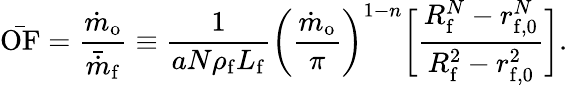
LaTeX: \bar{\mathrm{OF}}=\frac{\dot{m}_{\mathrm{o}}}{\bar{\dot{m}}_{\mathrm{f}}}\equiv\frac{1}{aN\rho_{\mathrm{f}}L_{\mathrm{f}}}\bigg(\frac{\dot{m}_{\mathrm{o}}}{\pi}\bigg)^{1-n}\bigg[\frac{R_{\mathrm{f}}^{N}-r_{\mathrm{f,0}}^{N}}{R_{\mathrm{f}}^{2}-r_{\mathrm{f,0}}^{2}}\bigg].